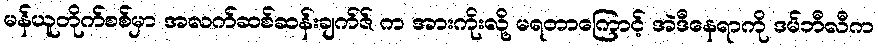
မန်ယူတိုက်စစ်မှာ အလက်ဆစ်ဆန်းချက်ဇ် က အားကိုးလို့ မရတာကြောင့် အဲဒီနေရာကို ဒမ်ဘီလီက